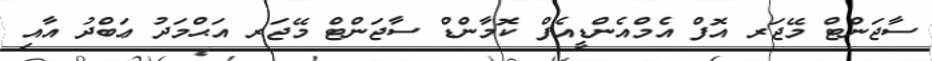
ސާޖަންޓް މޭޖަރ އޮފް އެމްއެންޑީއެފް ކޮމާންޑް ސާޖަންޓް މޭޖަރ އަޙްމަދު ޢަބްދު އާއި